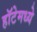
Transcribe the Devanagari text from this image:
हॉटेमध्ये